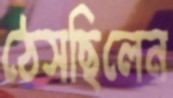
ঠেসছিলেন